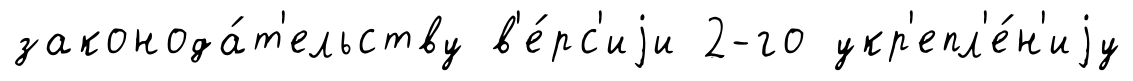
законода́т'ельству в'е́рс'иjи 2-го укр'епл'е́н'иjу